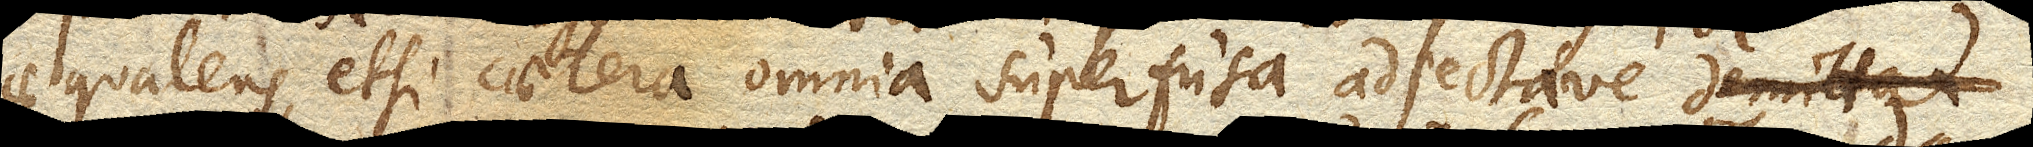
aequalens, etsi caetera omnia superfusa adjectave _